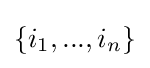
\{i_{1},...,i_{n}\}